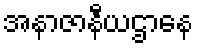
အနာဇာနီယဌာနေ